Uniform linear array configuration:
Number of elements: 12
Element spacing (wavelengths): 1
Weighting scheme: cosine
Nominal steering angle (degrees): -30
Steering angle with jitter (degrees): -30.179
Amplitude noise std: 0.05
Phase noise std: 0.05

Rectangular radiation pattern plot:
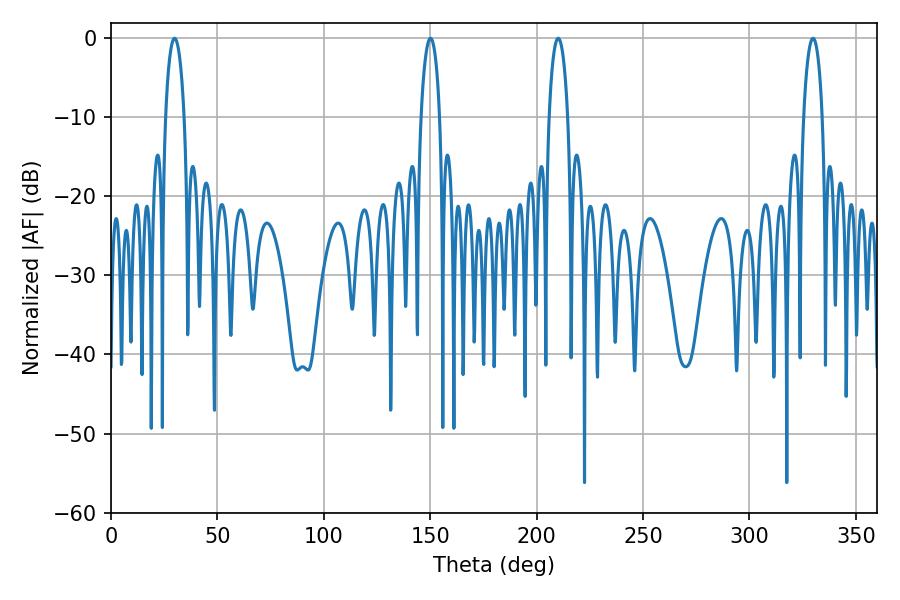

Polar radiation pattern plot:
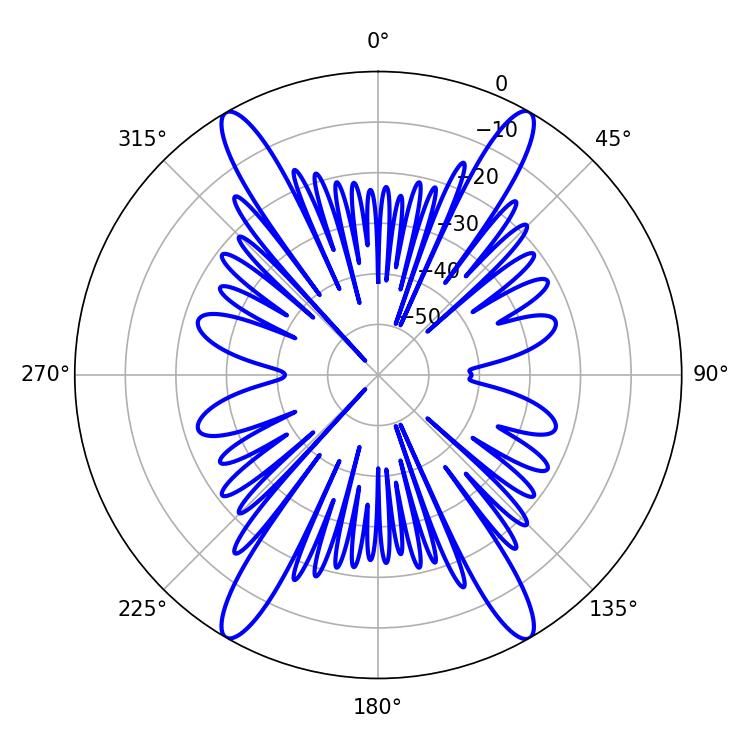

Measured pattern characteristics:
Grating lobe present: TRUE
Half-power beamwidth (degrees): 5.04
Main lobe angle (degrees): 29.88